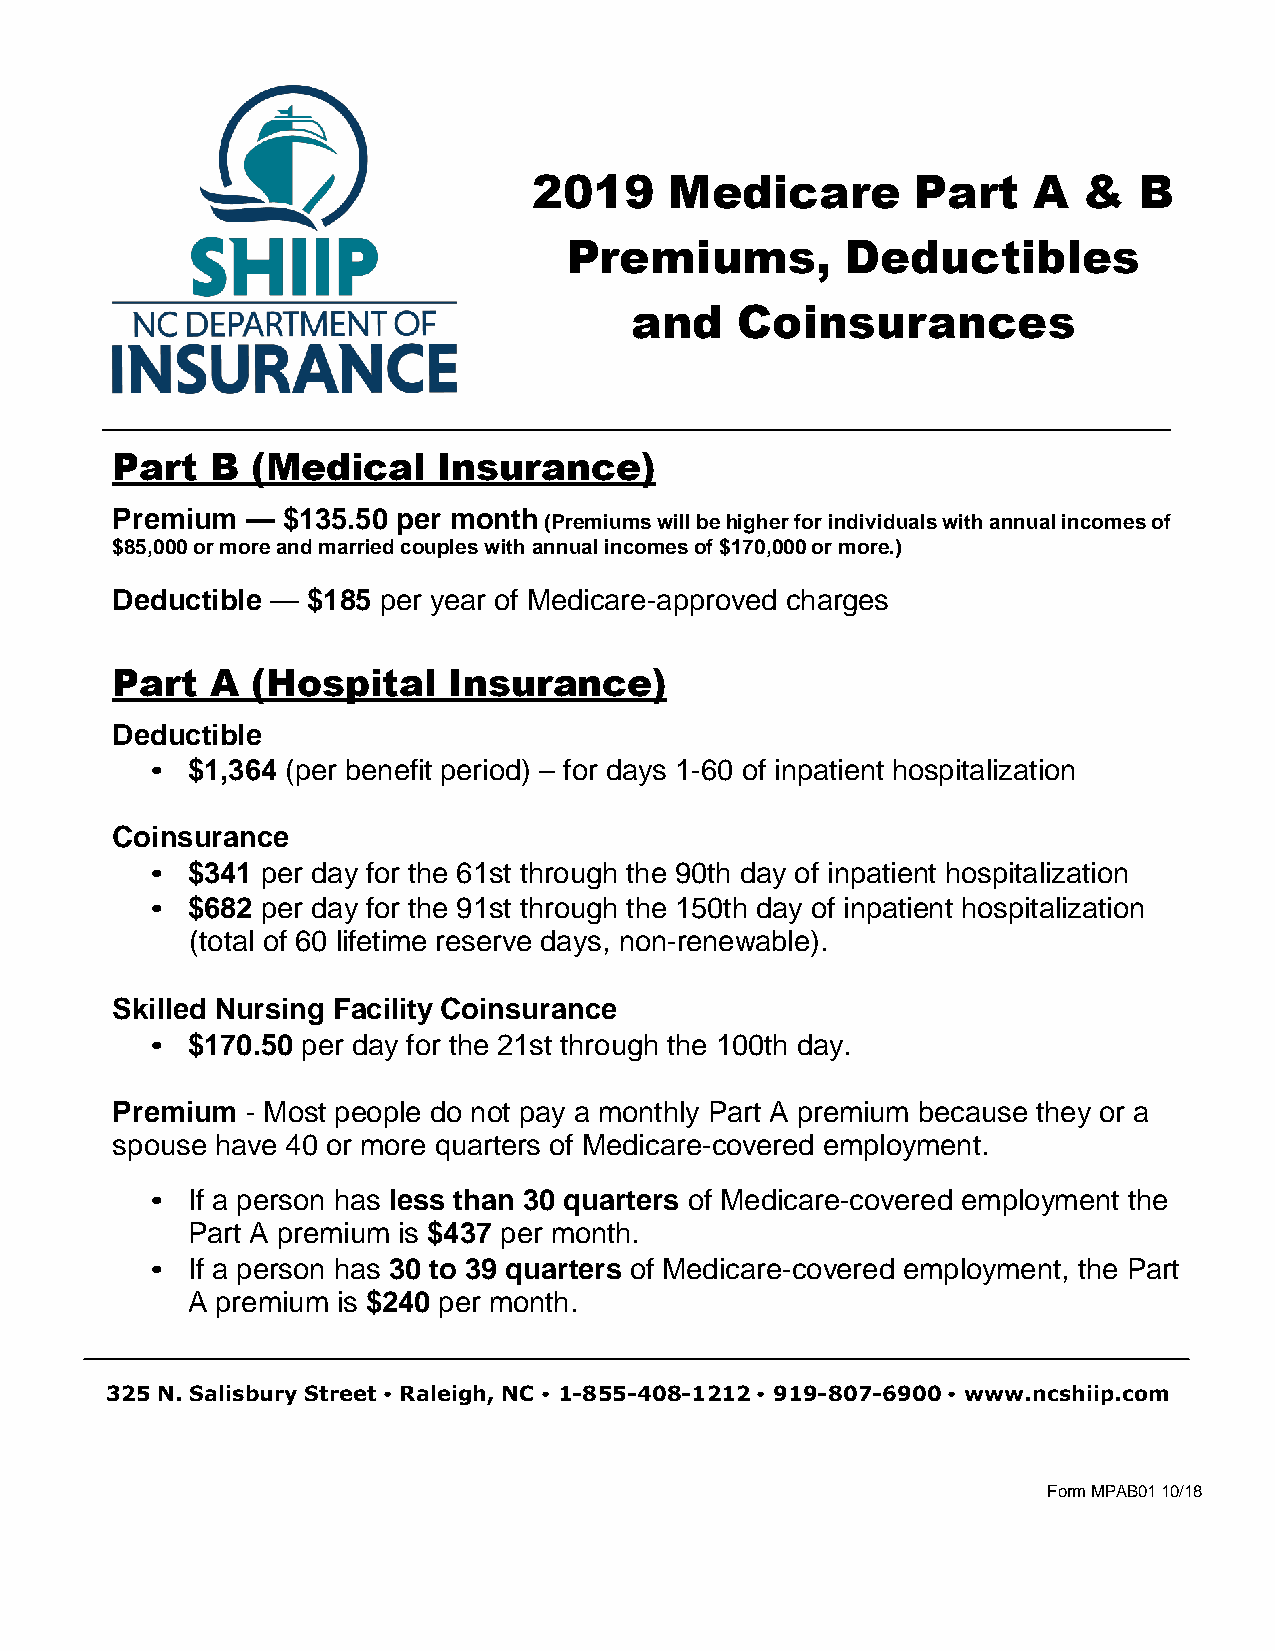
2019     Medicare         Part   A   &  B
 Premiums,         Deductibles
 and    Coinsurances
 Part   B  (Medical    Insurance)
 Premium  —  $135.50 per month
 (Premiums will be higher for individuals with annual incomes of
 $85,000 or more and married couples with annual incomes of $170,000 or more.)
 Deductible — $185 per year of Medicare-approved charges
 Part   A  (Hospital    Insurance)
 Deductible
 • $1,364 (per benefit period) – for days 1-60 of inpatient hospitalization
 Coinsurance
 • $341 per day for the 61st through the 90th day of inpatient hospitalization
 • $682 per day for the 91st through the 150th day of inpatient hospitalization
 (total of 60 lifetime reserve days, non-renewable).
 Skilled Nursing Facility Coinsurance
 • $170.50 per day for the 21st through the 100th day.
 Premium  - Most people do not pay a monthly Part A premium because they or a
 spouse have 40 or more quarters of Medicare-covered employment.
 • If a person has less than 30 quarters of Medicare-covered employment the
 Part A premium is $437 per month.
 • If a person has 30 to 39 quarters of Medicare-covered employment, the Part
 A premium is $240 per month.
 325 N. Salisbury Street • Raleigh, NC • 1-855-408-1212 • 919-807-6900 • www.ncshiip.com
 Form MPAB01 10/18